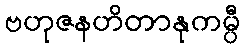
ဗဟုဇနဟိတာနုကမ္ပီ